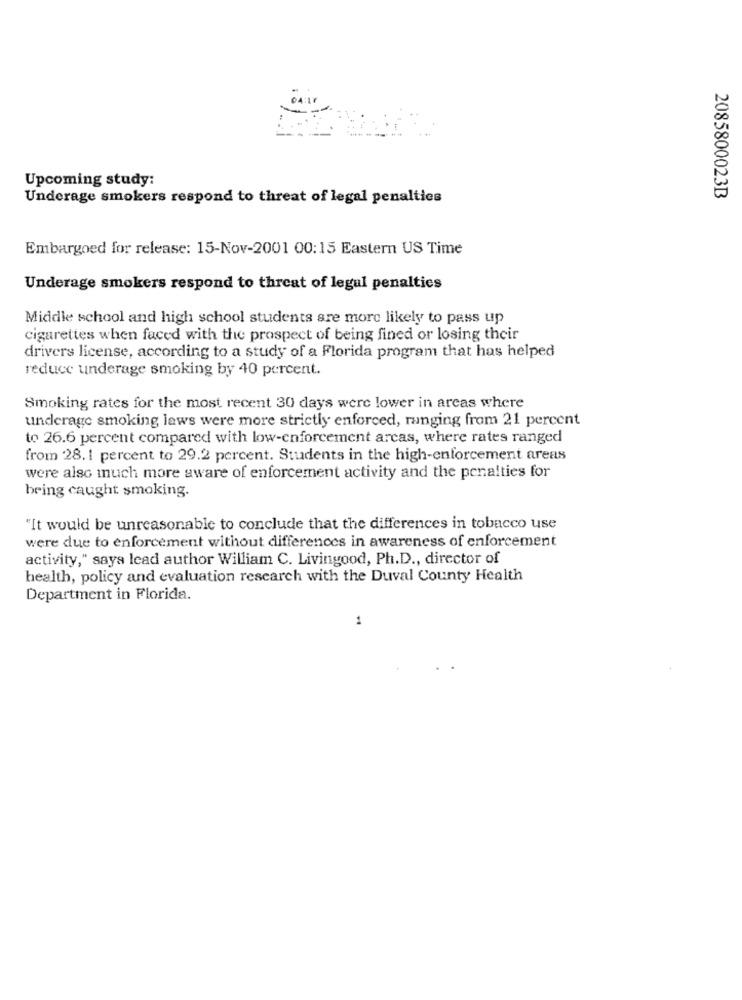
Upcoming study:
2085800023B
Underage smokers respond to threat of legal penalties
Embargoed for release: 15-Nov-2001 00:15 Eastern US Time
Underage smokers respond to threat of legul penalties
Middle school and high school students are more likely to pass up
cigarettes when faced with the prospect of being fined or losing their
drivers license, according to a study of a Florida program that has helped
reduce underage smoking by 40 percent.
Smoking rates for the most recent 30 days were lower in areas where
underage smoking laws were more strictly enforced, ranging from 21 percent
to 26.6 percent compared with low-enforcement arcas, where rates ranged
from 28.1 percent to 29.2 percent. Students in the high-enforcement areas
were also much more aware of enforcement activity and the penalties for
bring caught smoking.
"It would be unreasonable to conclude that the differences in tobacco use
were due to enforcement without differences in awareness of enforcement
activity," says lead author William C. Livingood, Ph.D ., director of
health, policy and evaluation research with the Duval County Health
Department in Florida.
1